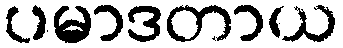
ပမာဒတာယ